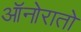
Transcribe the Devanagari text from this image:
ऑनोरातो